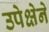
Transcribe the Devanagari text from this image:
उपेक्षेने